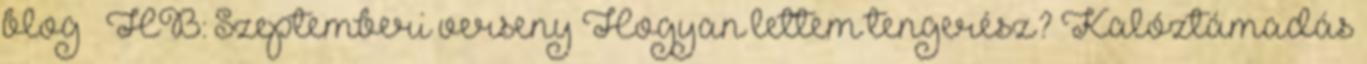
blog » HB: Szeptemberi verseny Hogyan lettem tengerész? Kalóztámadás